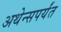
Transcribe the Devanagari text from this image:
अथेन्सपर्यंत